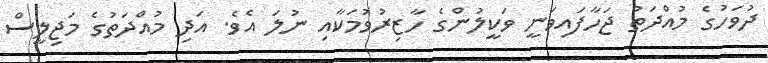
ދުވަހުގެ މުއްދަތު ޖަހާފައިވަނީ ވަކީލުންގެ ހާޒިރުވުމަކާއި ނުލަ އެވެ. އަދި މުއްދަތުގެ މަޖިލީސް